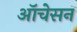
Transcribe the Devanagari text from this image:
ऑचेसन